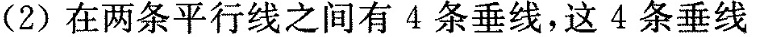
(2)在两条平行线之间有4条垂线，这4条垂线